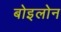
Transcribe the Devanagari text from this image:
बोइलोन